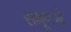
સમૂળગો